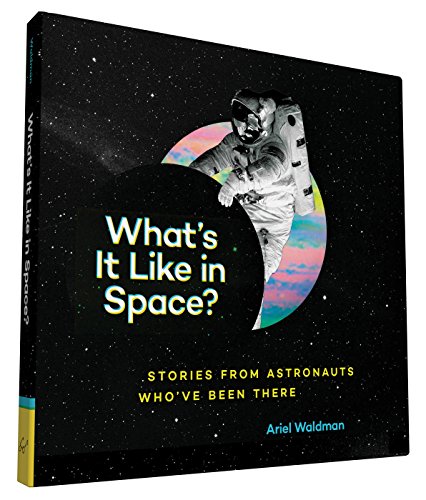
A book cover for What's It Like in Space?: Stories from Astronauts WhoEEve Been There; Ariel Waldman; Humor & Entertainment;